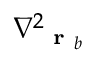
\nabla _ { \mathrm { ~ \bf ~ r ~ } _ { b } } ^ { 2 }